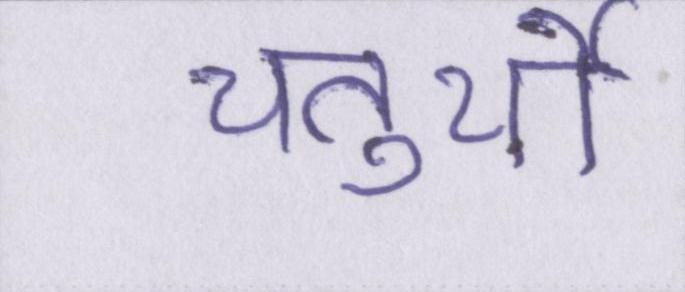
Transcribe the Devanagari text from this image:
चतुर्थी